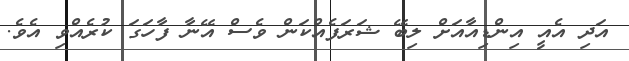
އަދި އެއީ އިންޑިއާއަށް ލިބޭ ޝަރަފެއްކަން ވެސް އޭނާ ފާހަގަ ކުރެއްވި އެވެ.